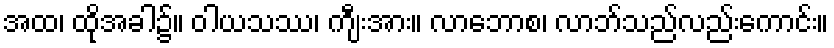
အထ၊ ထိုအခါ၌။ ဝါယသဿ၊ ကျီးအား။ လာဘောစ၊ လာဘ်သည်လည်းကောင်း။